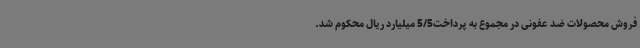
فروش محصولات ضد عفونی در مجموع به پرداخت5/5 میلیارد ریال محکوم شد.